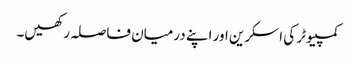
کمپیوٹر کی اسکرین اور اپنے درمیان فاصلہ رکھیں۔